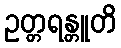
ဥတ္တရန္တူတိ